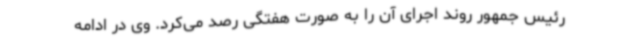
رئیس جمهور روند اجرای آن را به صورت هفتگی رصد می‌کرد. وی در ادامه